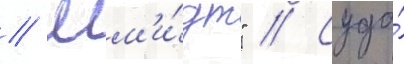
// Шм'и́дт" // Суда́